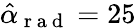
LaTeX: \hat{\alpha}_{\mathrm{~r~a~d~}}=25